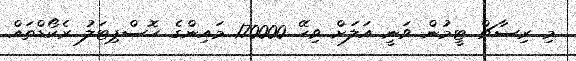
މި ރިސާޗް ޓީމުން ވަނީ އަލަށް ވިހޭ 170000 މައިންގެ ހޮސްޕިޓަލު ރެކޯޑްތައް